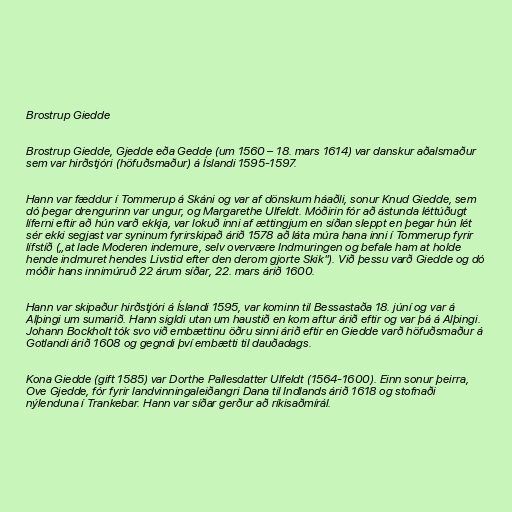
Brostrup Giedde

Brostrup Giedde, Gjedde eða Gedde (um 1560 – 18. mars 1614) var danskur aðalsmaður
sem var hirðstjóri (höfuðsmaður) á Íslandi 1595-1597.

Hann var fæddur í Tommerup á Skáni og var af dönskum háaðli, sonur Knud Giedde, sem
dó þegar drengurinn var ungur, og Margarethe Ulfeldt. Móðirin fór að ástunda léttúðugt
líferni eftir að hún varð ekkja, var lokuð inni af ættingjum en síðan sleppt en þegar hún lét
sér ekki segjast var syninum fyrirskipað árið 1578 að láta múra hana inni í Tommerup fyrir
lífstíð („at lade Moderen indemure, selv overvære Indmuringen og befale ham at holde
hende indmuret hendes Livstid efter den derom gjorte Skik"). Við þessu varð Giedde og dó
móðir hans innimúruð 22 árum síðar, 22. mars árið 1600.

Hann var skipaður hirðstjóri á Íslandi 1595, var kominn til Bessastaða 18. júní og var á
Alþingi um sumarið. Hann sigldi utan um haustið en kom aftur árið eftir og var þá á Alþingi.
Johann Bockholt tók svo við embættinu öðru sinni árið eftir en Giedde varð höfuðsmaður á
Gotlandi árið 1608 og gegndi því embætti til dauðadags.

Kona Giedde (gift 1585) var Dorthe Pallesdatter Ulfeldt (1564-1600). Einn sonur þeirra,
Ove Gjedde, fór fyrir landvinningaleiðangri Dana til Indlands árið 1618 og stofnaði
nýlenduna í Trankebar. Hann var síðar gerður að ríkisaðmírál.